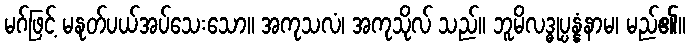
မဂ်ဖြင့် မနုတ်ပယ်အပ်သေးသော။ အကုသလံ၊ အကုသိုလ် သည်။ ဘူမိလဒ္ဓုပ္ပန္နံနာမ၊ မည်၏။